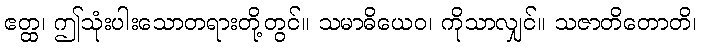
ဧတ္ထ၊ ဤသုံးပါးသောတရားတို့တွင်။ သမာဓိယေဝ၊ ကိုသာလျှင်။ သဇာတိတောတိ၊